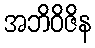
အဘိဝိဇိန